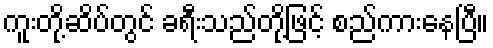
ကူးတို့ဆိပ်တွင် ခရီးသည်တို့ဖြင့် စည်ကားနေပြီ။